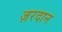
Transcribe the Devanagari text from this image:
ज़रदान